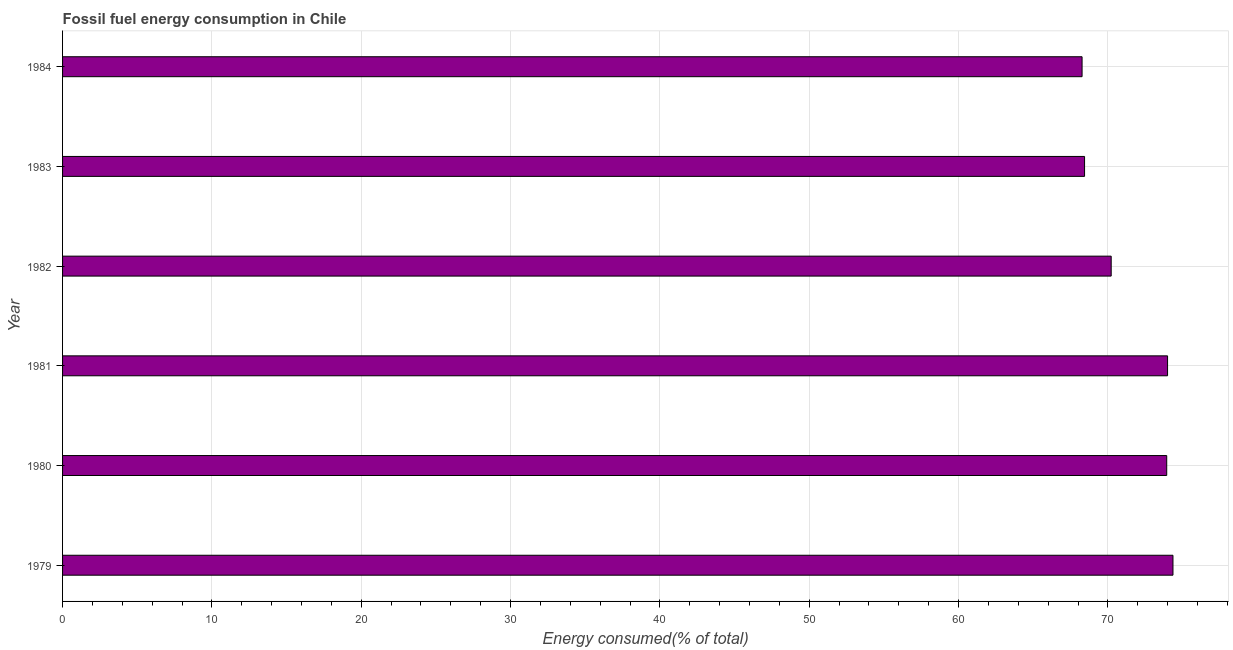
| Year | Fossil fuel energy consumption (% of total) |
 | --- | --- |
 | 1979 | 74.4 |
 | 1980 | 73.9 |
 | 1981 | 74 |
 | 1982 | 70.2 |
 | 1983 | 68.4 |
 | 1984 | 68.3 |